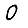
Digit: 0